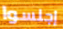
إجلسوا